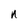
Character: n